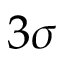
3 \sigma